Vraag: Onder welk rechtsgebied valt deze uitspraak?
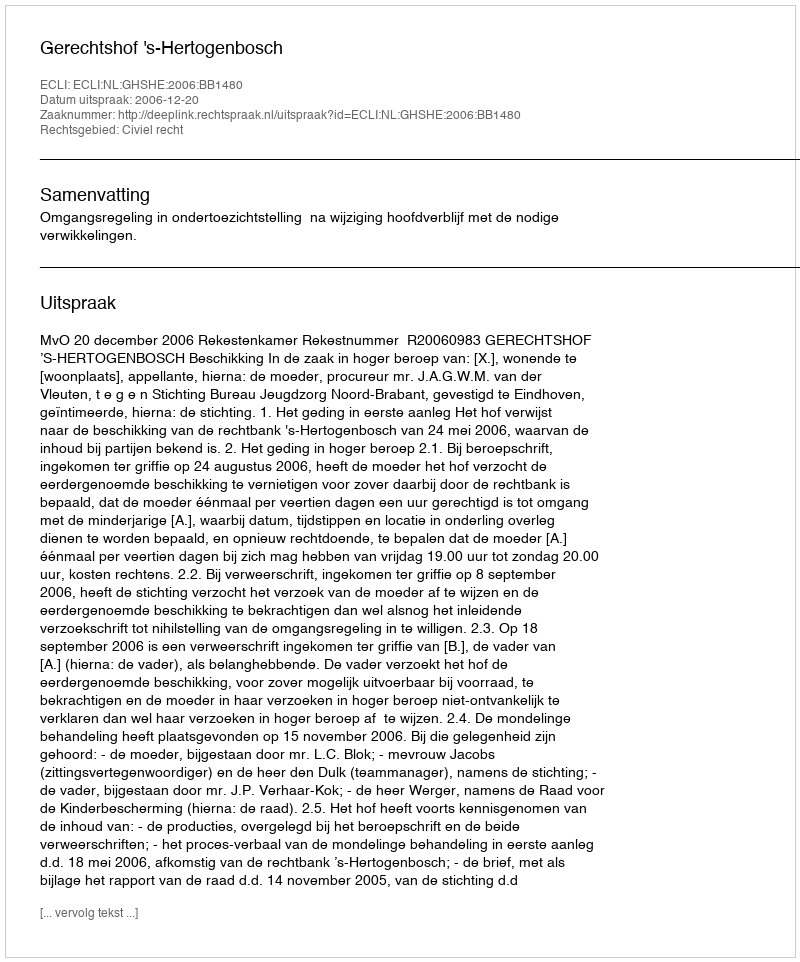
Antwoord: Civiel recht